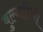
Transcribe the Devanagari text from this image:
बुल्गारियी